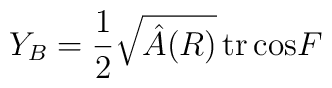
Y_B =  {1 \over 2}\sqrt{\hat A (R)} \, {\rm tr} \, {\rm cos} F